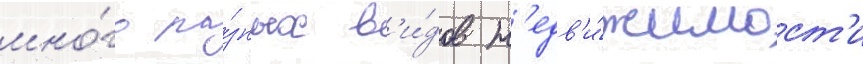
мно́го ра́зных в'и́дов н'едв'и́жимост'и